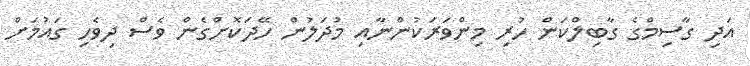
އަދި ގާސިމްގެ ގާބިލްކަން ހުރި މިންވަރަކުންނާއި މުދަލުން ހޭދަކޮށްގެން ވެސް ދިވެހި ގައުމަށް